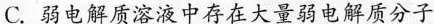
C.弱电解质溶液中存在大量弱电解质分子